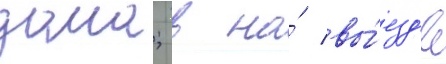
дома; в на́ вы́езд'е